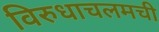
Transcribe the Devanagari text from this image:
विरुधाचलमची